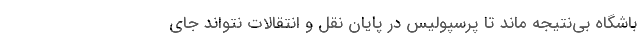
باشگاه بی‌نتیجه ماند تا پرسپولیس در پایان نقل و انتقالات نتواند جای